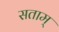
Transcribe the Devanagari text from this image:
सताम्